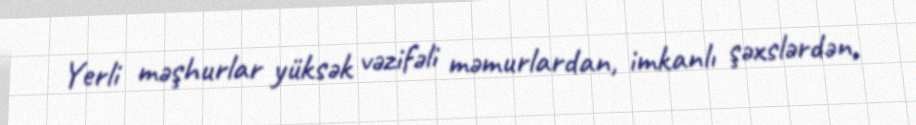
Yerli məşhurlar yüksək vəzifəli məmurlardan, imkanlı şəxslərdən,